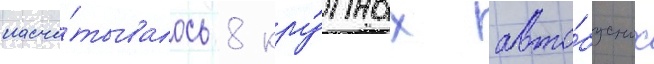
насчи́тывалось 8 кру́пных авто́бусных